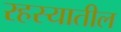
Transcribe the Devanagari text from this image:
रहस्यातील